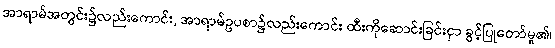
အာရာမ်အတွင်း၌လည်းကောင်း, အာရာမ်ဥပစာ၌လည်းကောင်း ထီးကိုဆောင်းခြင်းငှာ ခွင့်ပြုတော်မူ၏၊